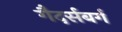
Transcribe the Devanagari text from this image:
गैदर्सबर्ग